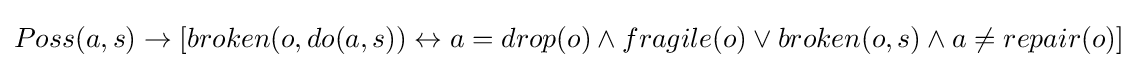
Poss(a,s)\rightarrow \left[broken(o,do(a,s))\leftrightarrow a=drop(o)\wedge fragile(o)\vee broken(o,s)\wedge a\neq repair(o)\right]